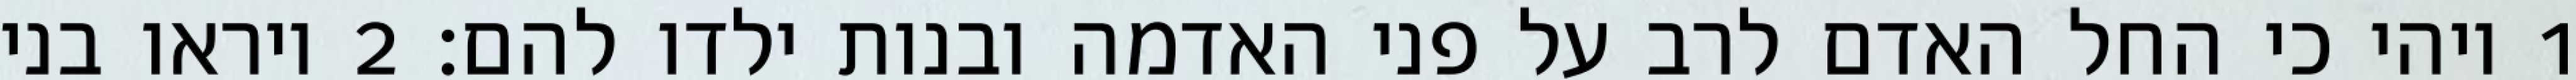
1 ויהי כי החל האדם לרב על פני האדמה ובנות ילדו להם׃ ‎2‏ ויראו בני